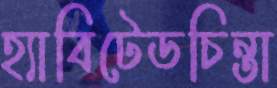
হ্যাবিটেডচিন্তা